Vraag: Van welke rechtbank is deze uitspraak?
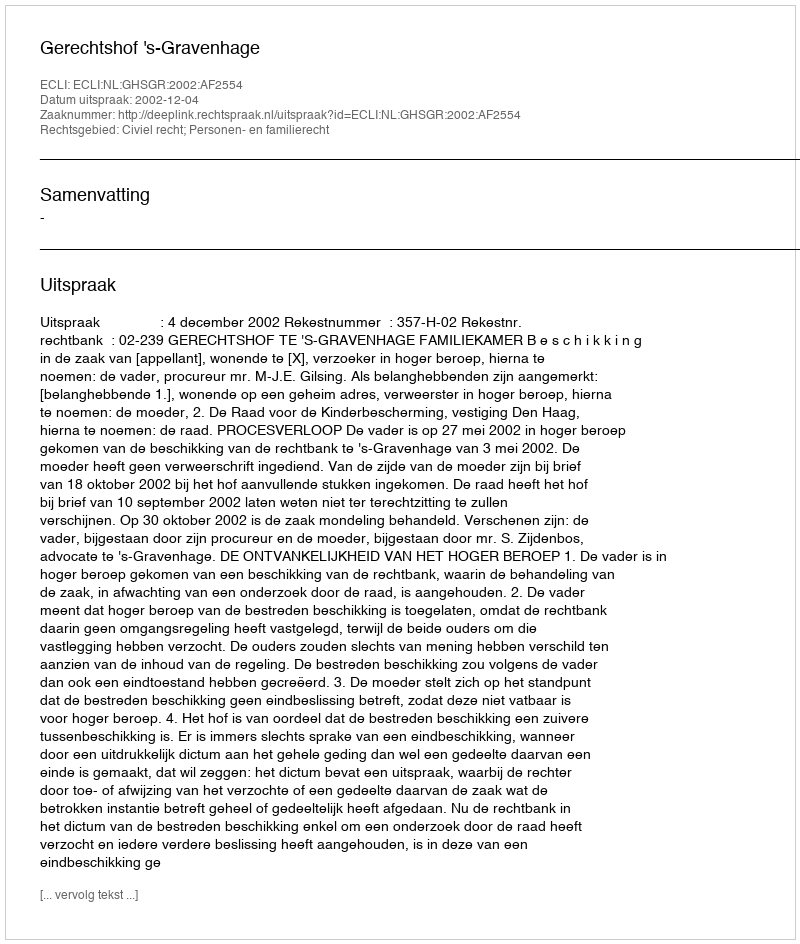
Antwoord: Gerechtshof 's-Gravenhage